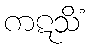
ကဋသိံ